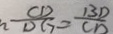
\frac { C D } { D G } = \frac { B D } { C D }